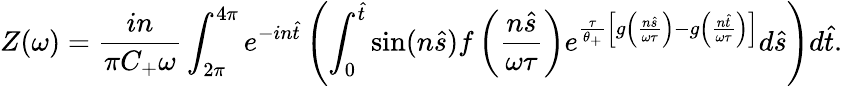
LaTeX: Z(\omega)=\frac{in}{\pi C_{+}\omega}\int_{2\pi}^{4\pi}e^{-in\hat{t}}\left(\int_{0}^{\hat{t}}\sin(n\hat{s})f\left(\frac{n\hat{s}}{\omega\tau}\right)e^{\frac{\tau}{\theta_{+}}\left[g\left(\frac{n\hat{s}}{\omega\tau}\right)-g\left(\frac{n\hat{t}}{\omega\tau}\right)\right]}d\hat{s}\right)d\hat{t}.